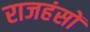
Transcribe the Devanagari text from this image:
राजहंसों